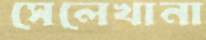
সেলেখানা